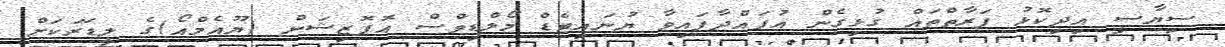
ސިޔާސީ އިދިކޮޅު ފަރާތްތައް ގުޅިގެން އުފައްދާފައިވާ ޔުނައިޓެޑް މޯލްޑިވްސް އޮޕޮޒިޝަން (ޔޫއެމްއޯ)ގެ ލީޑަރަކަށް